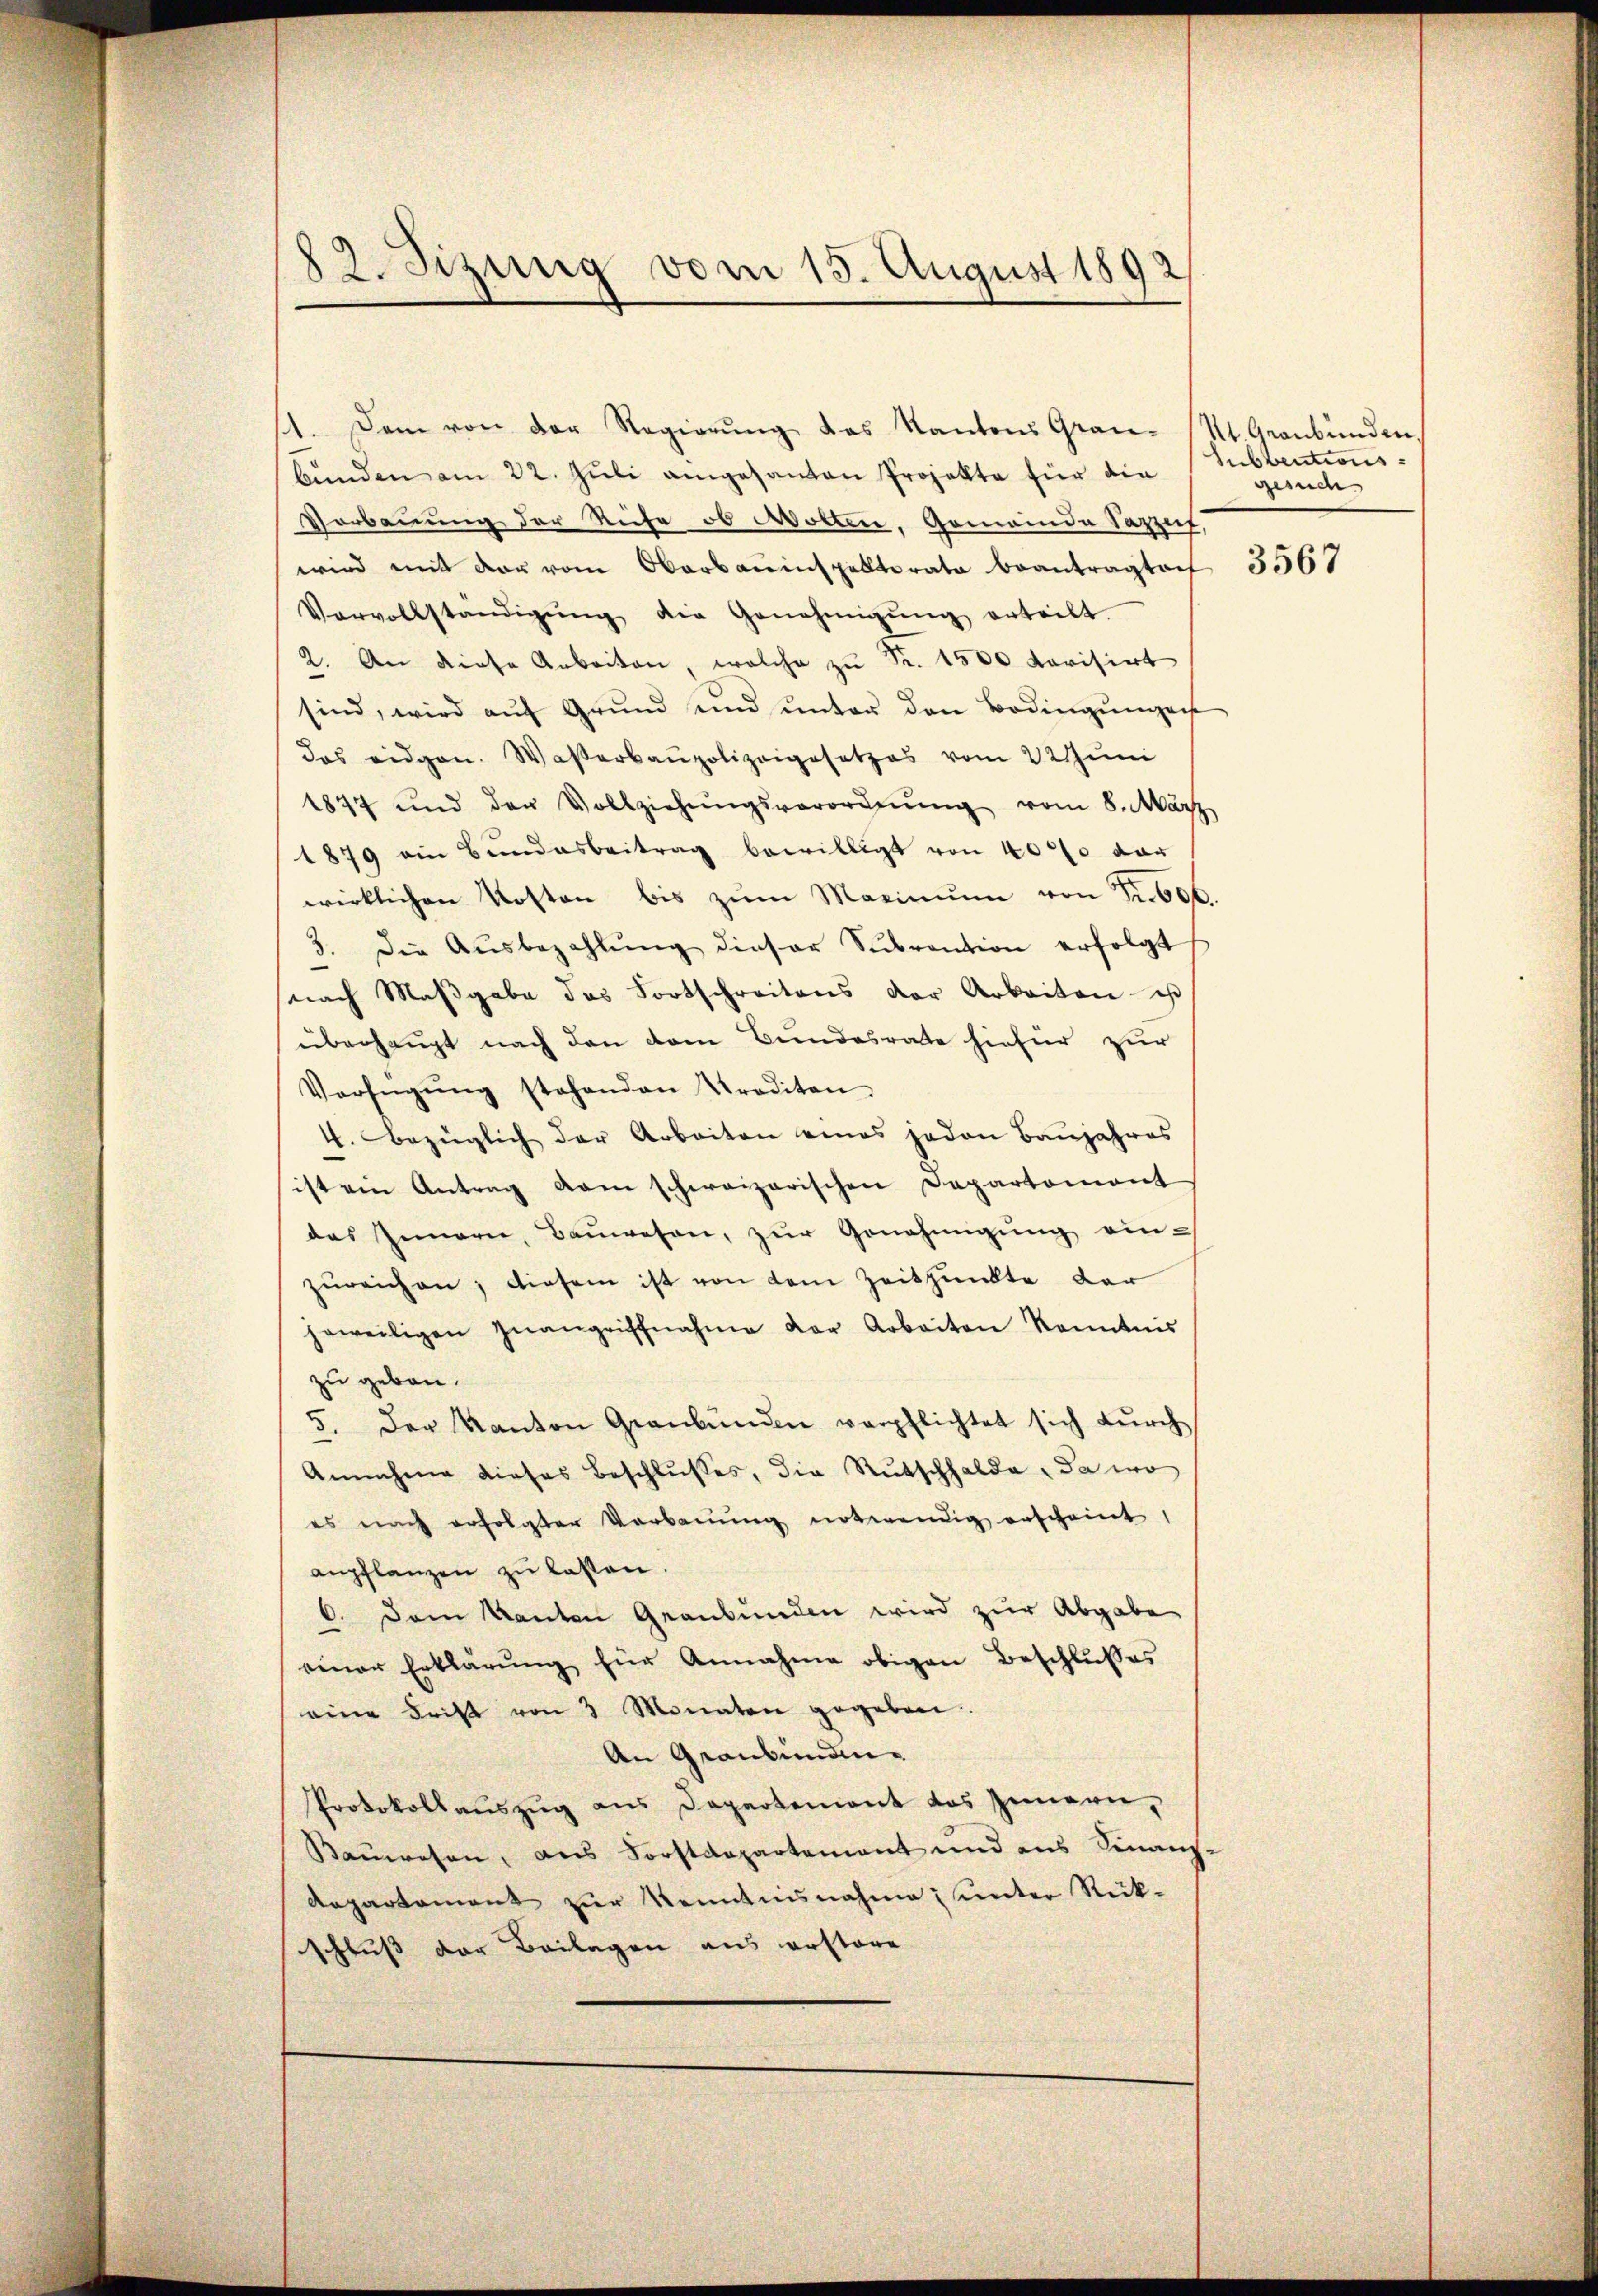
82. Sizung vom 15. August 1892

11. Dem von der Regierŭng das Kantons Gran- St. Graubünden,
bŭnden am 22. Jŭli angesanten Projekte für die
Vorbauung der Rufe ob Wollen. Gemeinde Saput,
wird mit der vom Oberbauinspektorato beantragtoef
Vorvollständigŭng die Genehmigŭng erteilt.
2. An diese Arbeiten, welche zŭ Fr. 1500 darisirt
sind, wird aŭf Grŭnd und ŭnter den Bedingŭngen
das eidgen. Waßerbaupolizeigesetzes vom 22 Juni
1874 und der Vollziehŭngsverordnŭng vom 8. März
1879 ein Bundesbeitrag bewilligt von 4000 dar
wirklichen Kosten bis zŭm Maximŭm von Fr. 606.
3. Die Aŭsbezahlŭng dieser Sŭbvention erfolgt
nach Maβgabe das Fortschreitens der Arbeiten es
überhaupt nach den vom Bundesrate hiefür zur
Verfügŭng stehenden Kreditan
4. Bezüglich der Arbeiten eines jeden Baŭjahres
sist ein Antrag kam schweizerischen Departomant
des Innern, Baŭwesen, zŭr Genehmigŭng ein-
zŭreichen; diesem ist von dem Zeitpunkte der
jeweiligen Zŭangriffnahme der Arbeiten Kenntnis
zu geben.
5. Der Kanton Graubünden verpflichtet sich dŭrch
Annahme dieses Beschlŭsses, die Rutschhalde, da wo
es nach erfolgter Verbauung notwendig erscheint,
anpflanzen zu lassen.
6. Dem kanton Graubünden wird zur Abgabe
einer Erklärŭng für Annahme obigen Beschlußes
eine Frist von 3 Monaten gegeben.
An Graubiman¬
Protokollauszug aus Departement das Innern,
Baŭwesen, ans Forstdepartement und ans Finanz-
Repartament zur Kenntnisnahme unter Rückschluß der Beilagen aus erstore

Subventionsgende

3567